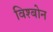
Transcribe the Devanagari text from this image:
विश्बोन